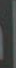
|